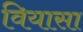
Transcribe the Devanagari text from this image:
वियासा